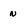
Character: n